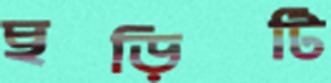
ছড়িটি